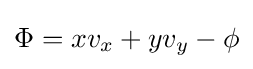
\Phi =xv_{x}+yv_{y}-\phi